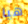
هيا